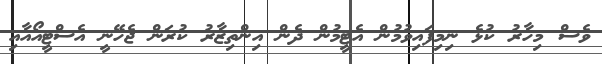
ވެސް މިހާރު ކުޅެ ނިމިފައިވުމުން އެޓީމުން ދެން އިންތިޒާރު ކުރަން ޖެހޭނީ އެސްޓީއޯއާއި